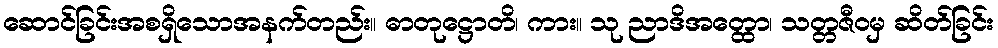
ဆောင်ခြင်းအစရှိသောအနက်တည်း။ ဓာတုဋ္ဌောတိ၊ ကား။ သု ညာဒိအတ္ထော၊ သတ္တဇီဝမှ ဆိတ်ခြင်း